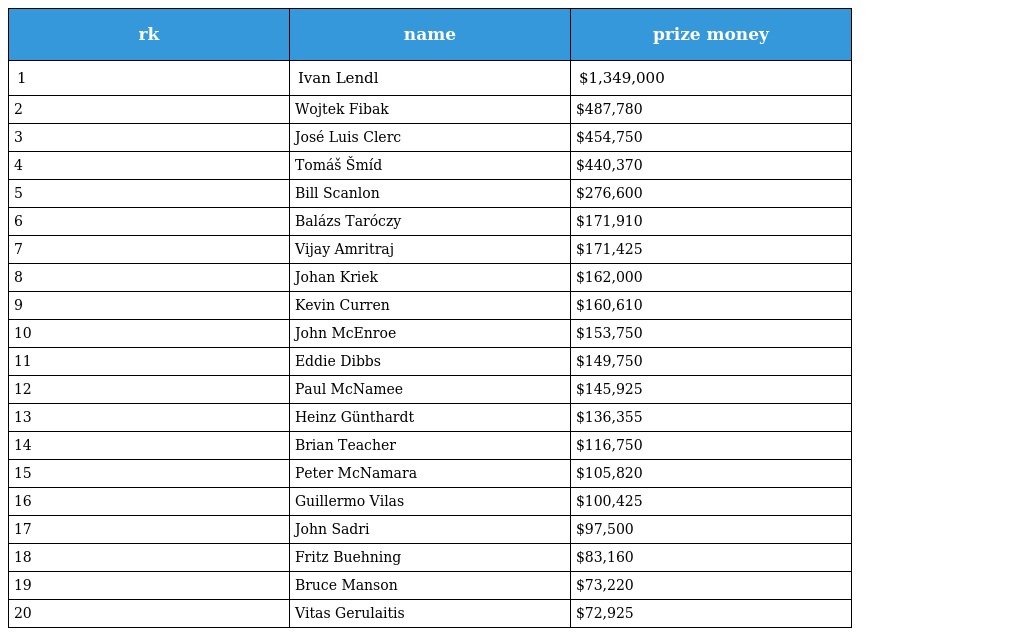
| rk | name | prize money |
 | --- | --- | --- |
 | 1 | Ivan Lendl | $1,349,000 |
 | 2 | Wojtek Fibak | $487,780 |
 | 3 | José Luis Clerc | $454,750 |
 | 4 | Tomáš Šmíd | $440,370 |
 | 5 | Bill Scanlon | $276,600 |
 | 6 | Balázs Taróczy | $171,910 |
 | 7 | Vijay Amritraj | $171,425 |
 | 8 | Johan Kriek | $162,000 |
 | 9 | Kevin Curren | $160,610 |
 | 10 | John McEnroe | $153,750 |
 | 11 | Eddie Dibbs | $149,750 |
 | 12 | Paul McNamee | $145,925 |
 | 13 | Heinz Günthardt | $136,355 |
 | 14 | Brian Teacher | $116,750 |
 | 15 | Peter McNamara | $105,820 |
 | 16 | Guillermo Vilas | $100,425 |
 | 17 | John Sadri | $97,500 |
 | 18 | Fritz Buehning | $83,160 |
 | 19 | Bruce Manson | $73,220 |
 | 20 | Vitas Gerulaitis | $72,925 |